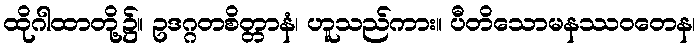
ထိုဂါထာတို့၌။ ဥဒဂ္ဂတစိတ္တာနံ၊ ဟူသည်ကား။ ပီတိသောမနဿဝတေန၊